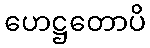
ဟေဋ္ဌတောပိ